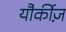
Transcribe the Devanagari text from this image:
यौर्कीज़